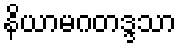
နိယာမဂတဒ္ဒသာ